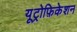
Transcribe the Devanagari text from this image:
यूट्रोफ़िकेशन